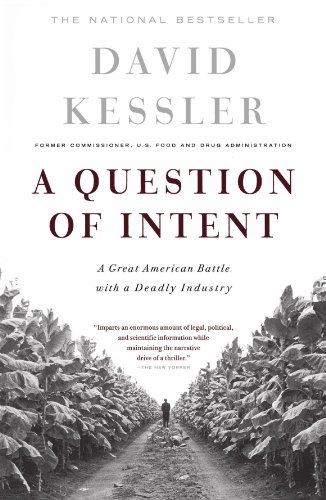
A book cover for A Question Of Intent: A Great American Battle With A Deadly Industry (Great American Battle with with a Deadly Industry); David Kessler; Science & Math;